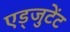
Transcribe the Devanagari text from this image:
एड्जुटेंट